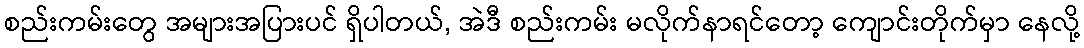
စည်းကမ်းတွေ အများအပြားပင် ရှိပါတယ်, အဲဒီ စည်းကမ်း မလိုက်နာရင်တော့ ကျောင်းတိုက်မှာ နေလို့